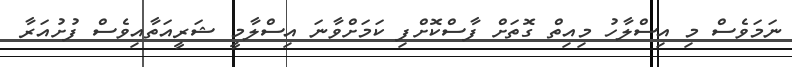
ނަމަވެސް މި އިސްލާހު މިއިތް ގޮތަށް ފާސްކޮށްފި ކަމަށްވާނަ އިސްލާމީ ޝަރީއަތާއިވެސް ފުށުއަރާ